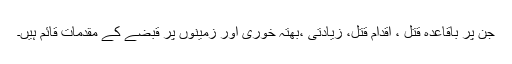
جن پر باقاعدہ قتل ، اقدام قتل، زیادتی ،بھتہ خوری اور زمینوں پر قبضے کے مقدمات قائم ہیں۔